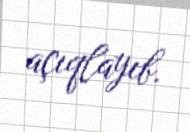
açıqlayıb.